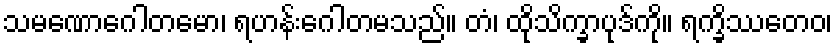
သမဏောဂေါတမော၊ ရဟန်းဂေါတမသည်။ တံ၊ ထိုသိက္ခာပုဒ်ကို။ ရက္ခိဿတေဝ၊